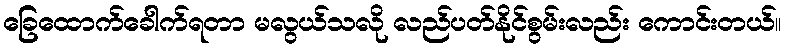
ခြေထောက်ခေါက်ရတာ မလွယ်သလို လည်ပတ်နိုင်စွမ်းလည်း ကောင်းတယ်။